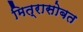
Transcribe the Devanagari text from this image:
मित्रासोबत